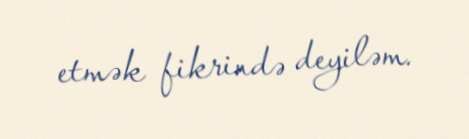
etmək fikrində deyiləm.